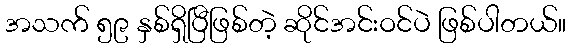
အသက် ၅၉ နှစ်ရှိပြီဖြစ်တဲ့ ဆိုင်အင်းဝင်ပဲ ဖြစ်ပါတယ်။